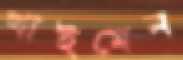
খাইমেন